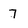
Character: 7